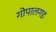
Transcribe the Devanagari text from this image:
गोपालगड